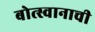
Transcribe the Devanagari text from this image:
बोत्स्वानाची